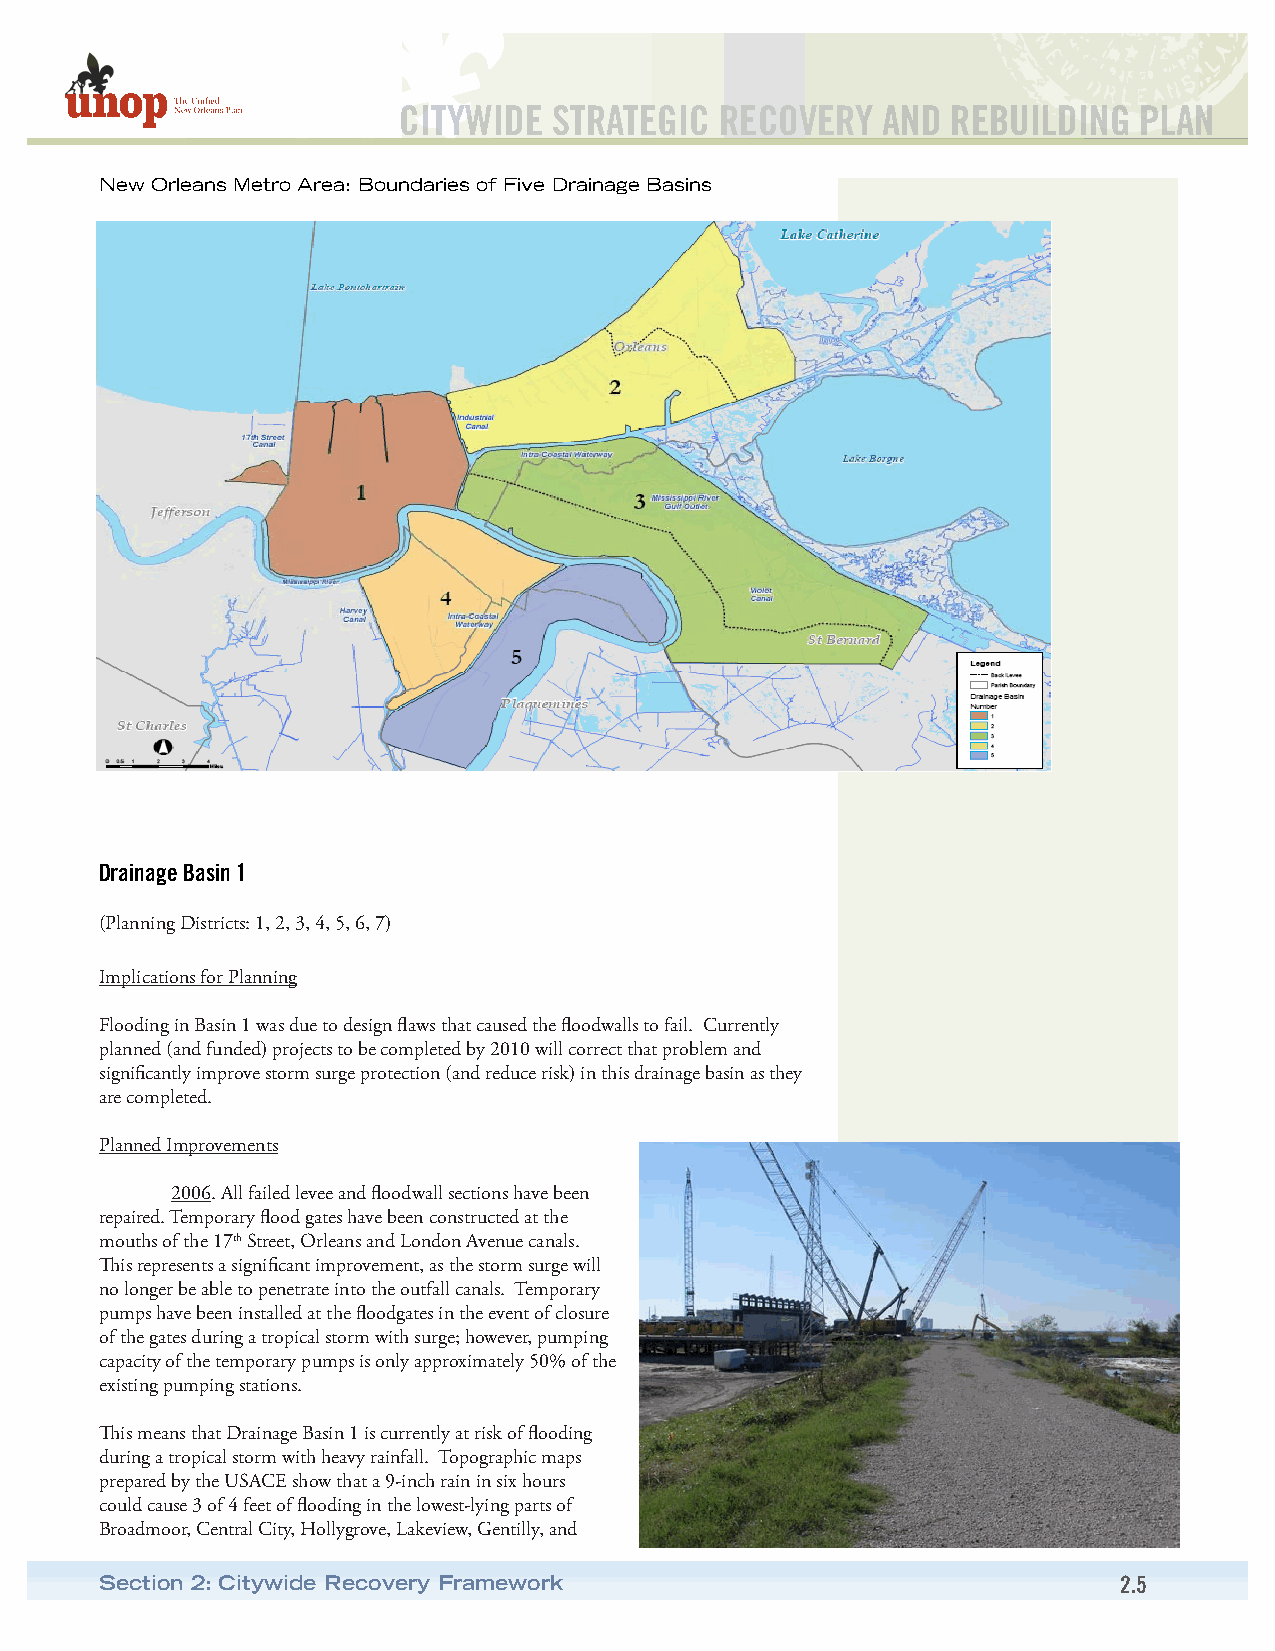
CITYWIDE   STRATEGIC  RECOVERY  AND  REBUILDING  PLAN
 New Orleans Metro Area: Boundaries of Five Drainage Basins
 Drainage Basin 1
 (Planning Districts: 1, 2, 3, 4, 5, 6, 7)
 Implications for Planning
 Flooding in Basin 1 was due to design flaws that caused the floodwalls to fail. Currently
 planned (and funded) projects to be completed by 2010 will correct that problem and
 significantly improve storm surge protection (and reduce risk) in this drainage basin as they
 are completed.
 Planned Improvements
 2006. All failed levee and floodwall sections have been
 repaired. Temporary flood gates have been constructed at the
 mouths of the 17th Street, Orleans and London Avenue canals.
 This represents a significant improvement, as the storm surge will
 no longer be able to penetrate into the outfall canals. Temporary
 pumps have been installed at the floodgates in the event of closure
 of the gates during a tropical storm with surge; however, pumping
 capacity of the temporary pumps is only approximately 50% of the
 existing pumping stations.
 This means that Drainage Basin 1 is currently at risk of flooding
 during a tropical storm with heavy rainfall. Topographic maps
 prepared by the USACE show that a 9-inch rain in six hours
 could cause 3 of 4 feet of flooding in the lowest-lying parts of
 Broadmoor, Central City, Hollygrove, Lakeview, Gentilly, and
 Section 2: Citywide Recovery Framework                             2.5